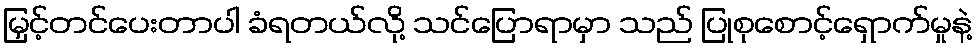
မြှင့်တင်ပေးတာပါ ခံရတယ်လို့ သင်ပြောရာမှာ သည် ပြုစုစောင့်ရှောက်မှုနဲ့